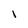
Character: 1